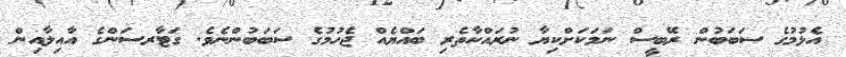
އެޅުމުގެ ސަބަބުން ރޭބީސް ނަމަކަށްކިޔާ ނުރައްކާތެރި ބައްޔެއް ޖެހުމުގެ ސަބަބުންނެވެ. ގަޓާރސަންގެ އާއިލާއިން